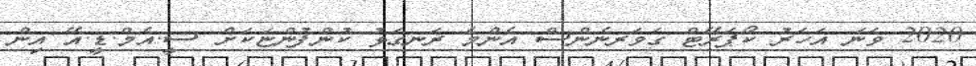
2020 ވަނަ އަހަރު ކޯޕަރޭޓް ގަވަރނެންސް އެންމެ ރަނގަޅު ކުންފުންޏަކަށް ސީ.އެމް.ޑީ.އޭ އިން